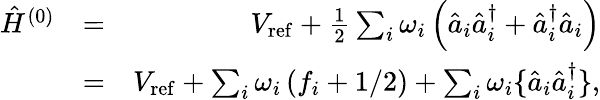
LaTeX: \begin{array}{rlr}{\hat{H}^{(0)}}&{=}&{V_{\mathrm{ref}}+\frac{1}{2}\sum_{i}\omega_{i}\left(\hat{a}_{i}\hat{a}_{i}^{\dagger}+\hat{a}_{i}^{\dagger}\hat{a}_{i}\right)}\\ &{=}&{V_{\mathrm{ref}}+\sum_{i}{{\omega}_{i}}\left(f_{i}+{1}/{2}\right)+\sum_{i}{{\omega}_{i}}\{ \hat{a}_{i}\hat{a}_{i}^{\dagger}\} ,}\end{array}